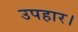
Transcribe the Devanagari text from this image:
उपहार।